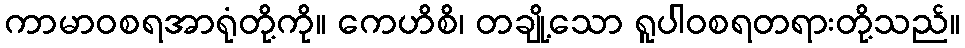
ကာမာဝစရအာရုံတို့ကို။ ကေဟိစိ၊ တချို့သော ရူပါဝစရတရားတို့သည်။